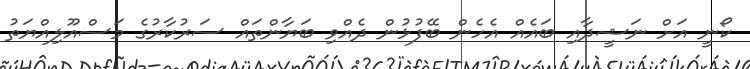
ކޯނީ އަށް ނަޝީދާއި ބައެއް އެހެން ބޭފުޅުން ދެއްވި ބަޔާންތައް ސަރުކާރުގެ މަސްއޫލިއްޔަތު